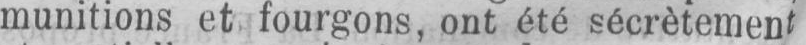
munitions et fourgons, ont été secrètement